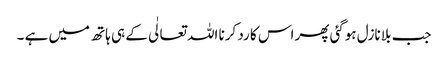
جب بلا نازل ہوگئی پھر اس کا رد کرنا اللہ تعالٰی کے ہی ہاتھ میں ہے ۔